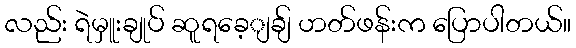
လည်း ရဲမှူးချုပ် ဆူရခေ့ျချ် ဟတ်ဖန်းက ပြောပါတယ်။